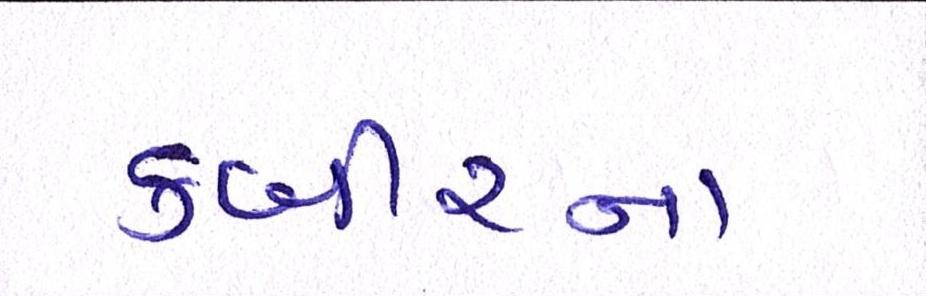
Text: કબીરના